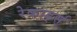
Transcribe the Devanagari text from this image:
रेकार्ड्स्